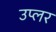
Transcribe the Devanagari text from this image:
उप्लर